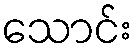
သောင်း